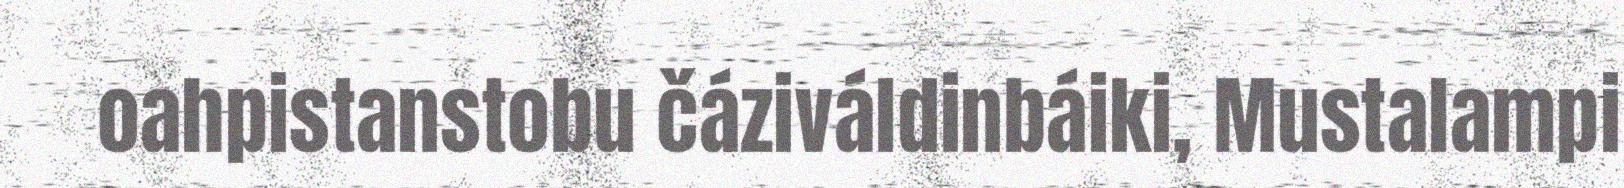
oahpistanstobu čáziváldinbáiki, Mustalampi